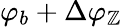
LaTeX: \varphi_{b}+\Delta\varphi_{\mathbb{Z}}